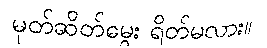
မုတ်ဆိတ်မွေး ရိတ်မလား။